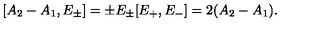
[ A _ { 2 } - A _ { 1 } , E _ { \pm } ] = \pm E _ { \pm } [ E _ { + } , E _ { - } ] = 2 ( A _ { 2 } - A _ { 1 } ) .